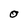
Character: O